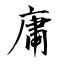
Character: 庸